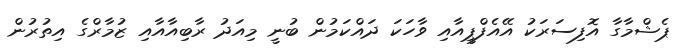
ޕެޝްމާގާ އޮފިސަރަކު އޭއެފްޕީއާއި ވާހަކަ ދައްކަމުން ބުނީ މިއަދު ރާބިއާއާއި ޒުމާރްގެ އިތުރުން